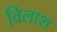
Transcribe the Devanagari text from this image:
विलाश